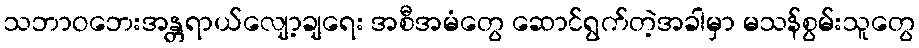
သဘာဝဘေးအန္တရာယ်လျော့ချရေး အစီအမံတွေ ဆောင်ရွက်တဲ့အခါမှာ မသန်စွမ်းသူတွေ